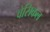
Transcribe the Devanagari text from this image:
वेसिकल